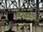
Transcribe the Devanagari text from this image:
दिटेचमेन्ट